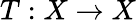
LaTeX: T:X\to X